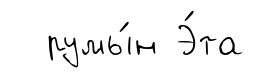
румы́н Э́та